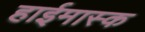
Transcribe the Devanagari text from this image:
हाईमास्क